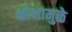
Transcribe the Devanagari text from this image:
क्षोभामुळे